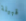
قبيلة